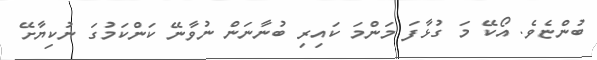
ބުންޏެވެ. އޯކޭ މަ ގުޅާފަ މަންމަ ކައިރި ބުނާނަން ނުވާނޭ ކަންކަމުގަ ނުކިޔާށޭ